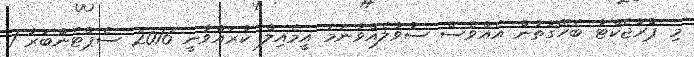
މި ޕްރޮޖެކްޓާ ބެހޭގޮތުން އެއްވެސް ސުވާލެއްވާނަމަ އީމެއިލް ކުރައްވާނީ 2016 ސެޕްޓެންބަރު 1